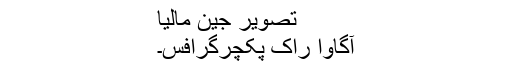
تصویر جین مالیا
آگاوا راک پکچرگرافس۔